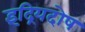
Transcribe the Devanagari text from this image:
इंद्रियदोष